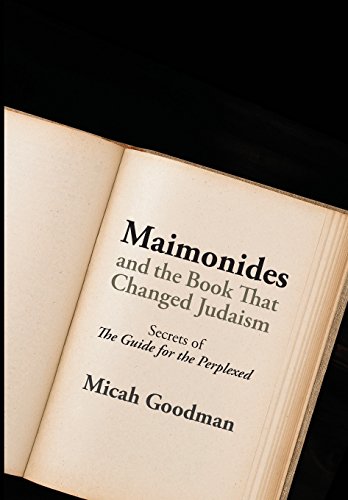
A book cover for Maimonides and the Book That Changed Judaism: Secrets of "The Guide for the Perplexed"; Micah Goodman; Religion & Spirituality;